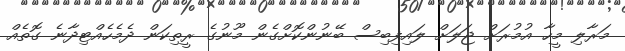
މަރާލި މީހާ އުމުރަށް ޖަލަށް ލައިފިބިސް ބޭނުންކޮށްގެން މޫނުގެ ރީތިކަން ދެމެހެއްޓިދާނެ ގޮތެއް